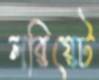
লরিয়েট